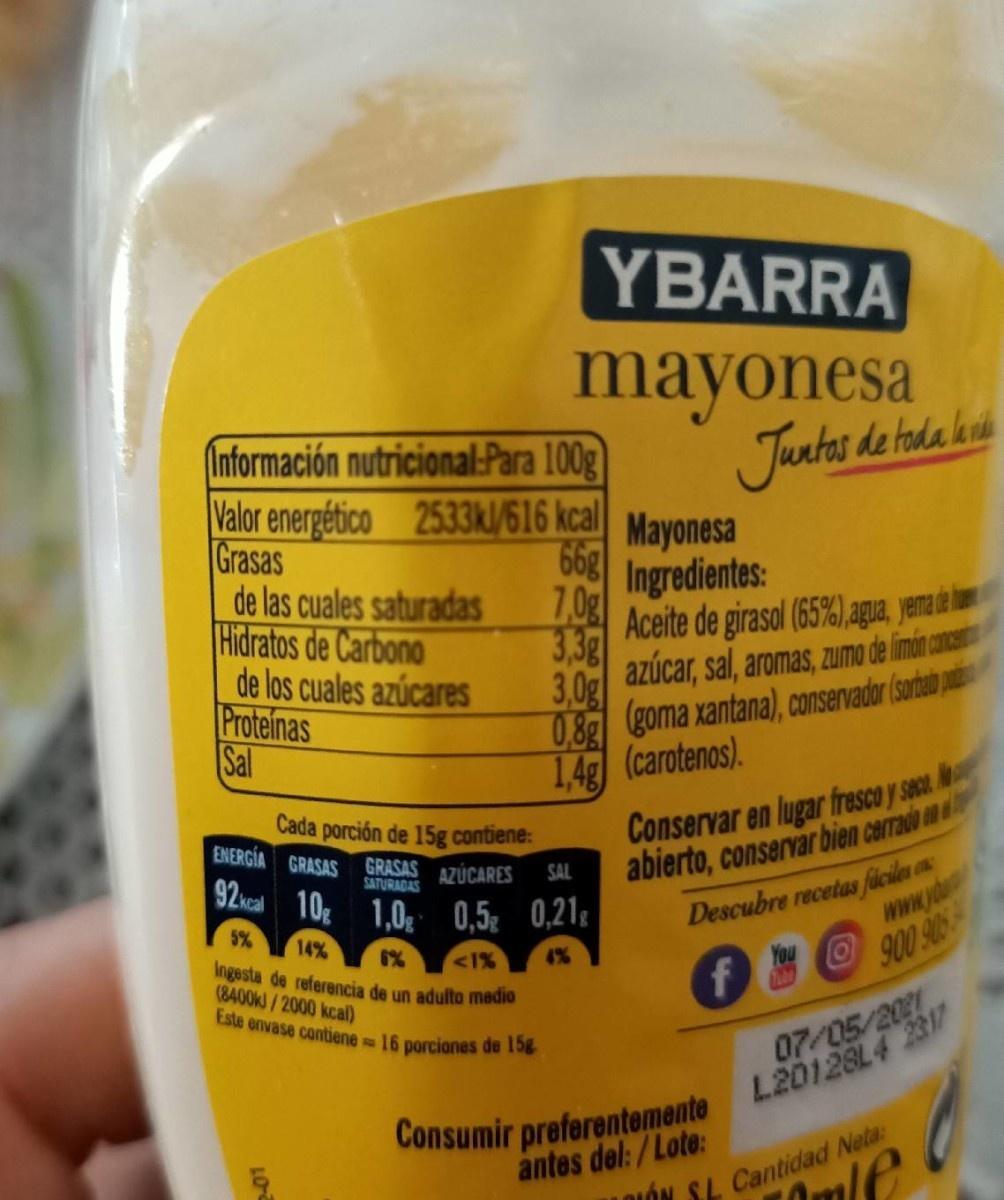
YBARRA
mayonesa
Información nutricional:Para 100g Valor energético 2533kJ/616 kcal Grasas de las cuales saturadas Hidratos de Carbono de los cuales azúcares Proteinas Sal
Juntos de tuda kui
Mayonesa 66g Ingredientes: 7,0g Aceite de girasol (65%) gua, yena d lm 3.3g azúcar, sal, aromas, zumo de imón cana 3,0g
0.8g goma xantana), conservadar (satai 1.4g (carotenos).
Cada porción de 15g contiene: ENERGÍA GRASAS GRASAS AZUCARES
Conservar en lugar fresco y seca. abierto, conservar bien carrado on Descubre recetas fúciles on
SAL
92ucal 10 1.0 0,5 0,21g
SATURADAS
www.ybu 900 905
5%
14%
<1% 4% Ingesta de referencia de un adulto madio
(8400KJ/2000 kcal)
Este envase contiene 16 porcianes de 15g
07/05/2091
Consumir preferentemente L20128L4 2317
antes del:/Lote:
ON SL Cantidad Neta:
10